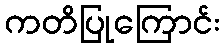
ကတိပြုကြောင်း